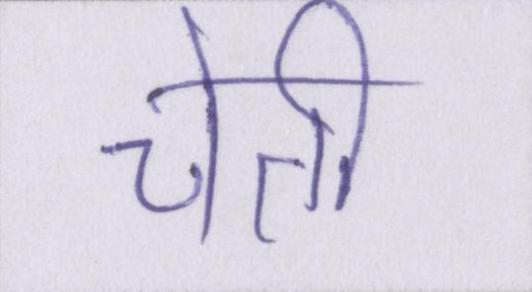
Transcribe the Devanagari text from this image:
चेती